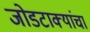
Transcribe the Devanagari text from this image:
जोडटाक्यांचा